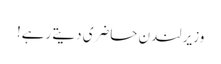
وزیر لندن حاضری دیتے رہے!